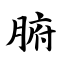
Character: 腑